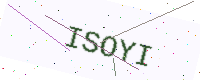
Text: ISOYI